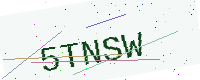
Text: 5TNSW